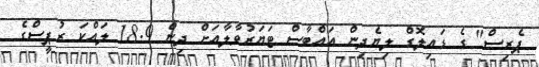
ޕެރިސް" ގެ ޑައިލޮގް ލިޔެދިން އައްބާސް ޓަޔަރުވާލާއަށް ދިން 18.9 ލައްކަ ރުޕީސްގެ